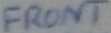
Text: FRONT